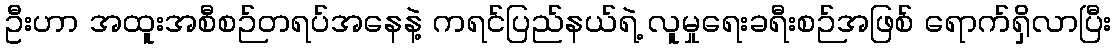
ဦးဟာ အထူးအစီစဉ်တရပ်အနေနဲ့ ကရင်ပြည်နယ်ရဲ့ လူမှုရေးခရီးစဉ်အဖြစ် ရောက်ရှိလာပြီး